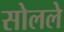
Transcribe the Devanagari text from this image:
सोलले